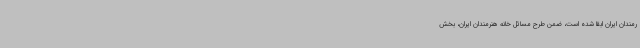
رمندان ایران ابقا شده است، ضمن طرح مسائل خانه هنرمندان ایران، بخش